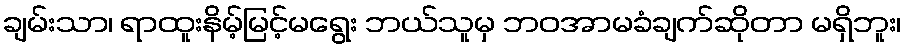
ချမ်းသာ၊ ရာထူးနိမ့်မြင့်မရွေး ဘယ်သူမှ ဘဝအာမခံချက်ဆိုတာ မရှိဘူး၊